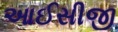
આઈસીજી